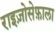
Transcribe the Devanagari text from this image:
राइज़ोसेफ़ाला